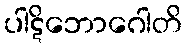
ပါဋိဘောဂေါတိ